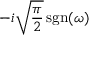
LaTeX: - i { \sqrt { \frac { \pi } { 2 } } } \operatorname { s g n } ( \omega )